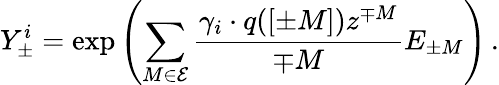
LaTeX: Y_{\pm}^{i}=\exp\left(\sum_{M\in\cal E}\frac{\gamma_{i}\cdot q([\pm M])z^{\mp M}}{\mp M}E_{\pm M}\right)\, .